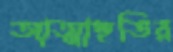
আত্মাহুতির